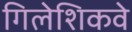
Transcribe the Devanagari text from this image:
गिलेशिकवे